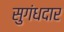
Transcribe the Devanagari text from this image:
सुगंधदार